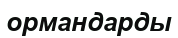
ормандарды